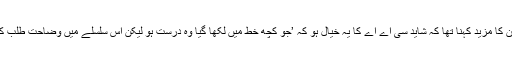
غلام سرور خان کا مزید کہنا تھا کہ شاید سی اے اے کا یہ خیال ہو کہ ’جو کچھ خط میں لکھا گیا وہ درست ہو لیکن اس سلسلے میں وضاحت طلب کرلی گئی ہے‘۔